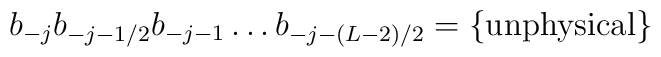
b_{-j}b_{-j-1/2}b_{-j-1}\ldots b_{-j-(L-2)/2}=\{\mbox{unphysical}\}